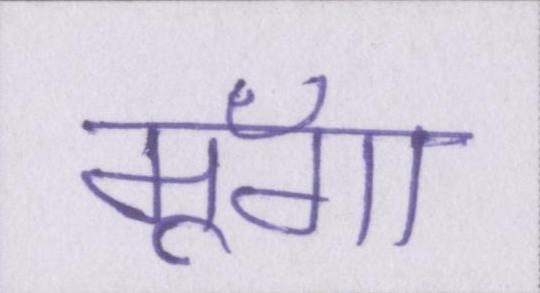
मूँगा